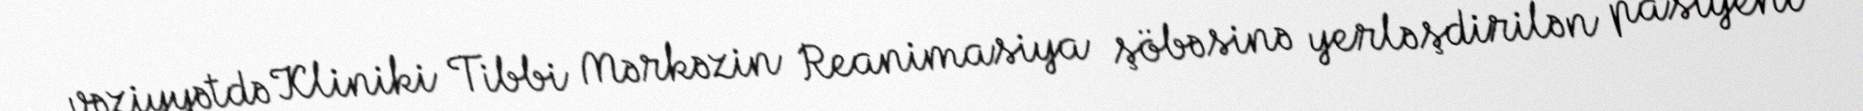
vəziyyətdə Kliniki Tibbi Mərkəzin Reanimasiya şöbəsinə yerləşdirilən pasiyent